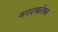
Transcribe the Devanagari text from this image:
नगराबरोबर